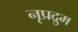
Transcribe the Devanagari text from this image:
नृप्रद्रुम